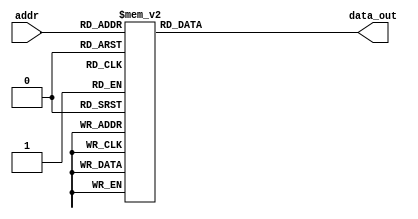
module char_rom(
  input        [6:0] addr,
  output reg [127:0] data_out
);


always @(*) begin
  case (addr)
  default: data_out = 128'hffffffffffffffffffffffffffffffff;
    8'h00: data_out = 128'hffffffffffffffffffffffffffffffff;
	 8'h01: data_out = 128'hffffffffffffffffffffffffffffffff;
	 8'h02: data_out = 128'hffffffffffffffffffffffffffffffff;
	 8'h03: data_out = 128'hffffffffffffffffffffffffffffffff;
	 8'h04: data_out = 128'hffffffffffffffffffffffffffffffff;
	 8'h05: data_out = 128'hffffffffffffffffffffffffffffffff;
	 8'h06: data_out = 128'hffffffffffffffffffffffffffffffff;
	 8'h07: data_out = 128'hffffffffffffffffffffffffffffffff;
	 8'h08: data_out = 128'hffffffffffffffffffffffffffffffff;
	 8'h09: data_out = 128'hffffffffffffffffffffffffffffffff;
	 8'h0A: data_out = 128'hffffffffffffffffffffffffffffffff;
	 8'h0B: data_out = 128'hffffffffffffffffffffffffffffffff;
	 8'h0C: data_out = 128'hffffffffffffffffffffffffffffffff;
	 8'h0D: data_out = 128'hffffffffffffffffffffffffffffffff;
	 8'h0E: data_out = 128'hffffffffffffffffffffffffffffffff;
	 8'h0F: data_out = 128'hffffffffffffffffffffffffffffffff;
	 8'h10: data_out = 128'hffffffffffffffffffffffffffffffff;
	 8'h11: data_out = 128'hffffffffffffffffffffffffffffffff;
	 8'h12: data_out = 128'hffffffffffffffffffffffffffffffff;
	 8'h13: data_out = 128'hffffffffffffffffffffffffffffffff;
	 8'h14: data_out = 128'hffffffffffffffffffffffffffffffff;
	 8'h15: data_out = 128'hffffffffffffffffffffffffffffffff;
	 8'h16: data_out = 128'hffffffffffffffffffffffffffffffff;
	 8'h17: data_out = 128'hffffffffffffffffffffffffffffffff;
	 8'h18: data_out = 128'hffffffffffffffffffffffffffffffff;
	 8'h19: data_out = 128'hffffffffffffffffffffffffffffffff;
	 8'h1A: data_out = 128'hffffffffffffffffffffffffffffffff;
	 8'h1B: data_out = 128'hffffffffffffffffffffffffffffffff;
	 8'h1C: data_out = 128'hffffffffffffffffffffffffffffffff;
	 8'h1D: data_out = 128'hffffffffffffffffffffffffffffffff;
	 8'h1E: data_out = 128'hffffffffffffffffffffffffffffffff;
	 8'h1F: data_out = 128'hffffffffffffffffffffffffffffffff;
    /* U+20 " " */
    8'h20: data_out = 128'h00000000000000000000000000000000;
	 /* U+21 "!" */
	 8'h21: data_out = 128'h00001010101010101000101000000000;
    /* U+22 "\"" */
    8'h22: data_out = 128'h00242424000000000000000000000000;
    /* U+23 "#" */
    8'h23: data_out = 128'h00002424247e24247e24242400000000;
    /* U+24 "$" */
    8'h24: data_out = 128'h0010107c9290907c1212927c10100000;
    /* U+25 "%" */
    8'h25: data_out = 128'h0000649468081010202c524c00000000;
    /* U+26 "&" */
    8'h26: data_out = 128'h000018242418304a4444443a00000000;
    /* U+27 "'" */
    8'h27: data_out = 128'h00101010000000000000000000000000;
    /* U+28 "(" */
    8'h28: data_out = 128'h00000810202020202020100800000000;
    /* U+29 ")" */
    8'h29: data_out = 128'h00002010080808080808102000000000;
    /* U+2A "*" */
    8'h2A: data_out = 128'h000000000024187e1824000000000000;
    /* U+2B "+" */
    8'h2B: data_out = 128'h000000000010107c1010000000000000;
    /* U+2C "," */
    8'h2C: data_out = 128'h00000000000000000000101020000000;
    /* U+2D "-" */
    8'h2D: data_out = 128'h000000000000007e0000000000000000;
    /* U+2E "." */
    8'h2E: data_out = 128'h00000000000000000000101000000000;
    /* U+2F "/" */
    8'h2F: data_out = 128'h00000404080810102020404000000000;
    /* U+30 "0" */
    8'h30: data_out = 128'h00003c4242464a526242423c00000000;
    /* U+31 "1" */
    8'h31: data_out = 128'h00000818280808080808083e00000000;
    /* U+32 "2" */
    8'h32: data_out = 128'h00003c42420204081020407e00000000;
    /* U+33 "3" */
    8'h33: data_out = 128'h00003c4242021c020242423c00000000;
    /* U+34 "4" */
    8'h34: data_out = 128'h000002060a1222427e02020200000000;
    /* U+35 "5" */
    8'h35: data_out = 128'h00007e4040407c020202423c00000000;
    /* U+36 "6" */
    8'h36: data_out = 128'h00001c2040407c424242423c00000000;
    /* U+37 "7" */
    8'h37: data_out = 128'h00007e02020404080810101000000000;
    /* U+38 "8" */
    8'h38: data_out = 128'h00003c4242423c424242423c00000000;
    /* U+39 "9" */
    8'h39: data_out = 128'h00003c424242423e0202043800000000;
    /* U+3A ":" */
    8'h3A: data_out = 128'h00000000001010000000101000000000;
    /* U+3B ";" */
    8'h3B: data_out = 128'h00000000001010000000101020000000;
    /* U+3C "<" */
    8'h3C: data_out = 128'h00000004081020402010080400000000;
    /* U+3D "=" */
    8'h3D: data_out = 128'h00000000007e00007e00000000000000;
    /* U+3E ">" */
    8'h3E: data_out = 128'h00000040201008040810204000000000;
    /* U+3F "?" */
    8'h3F: data_out = 128'h00003c42424204080800080800000000;
    /* U+40 "@" */
    8'h40: data_out = 128'h00007c829ea2a2a2a69a807e00000000;
    /* U+41 "A" */
    8'h41: data_out = 128'h00003c424242427e4242424200000000;
    /* U+42 "B" */
    8'h42: data_out = 128'h00007c4242427c424242427c00000000;
    /* U+43 "C" */
    8'h43: data_out = 128'h00003c42424040404042423c00000000;
    /* U+44 "D" */
    8'h44: data_out = 128'h00007844424242424242447800000000;
    /* U+45 "E" */
    8'h45: data_out = 128'h00007e40404078404040407e00000000;
    /* U+46 "F" */
    8'h46: data_out = 128'h00007e40404078404040404000000000;
    /* U+47 "G" */
    8'h47: data_out = 128'h00003c424240404e4242423c00000000;
    /* U+48 "H" */
    8'h48: data_out = 128'h0000424242427e424242424200000000;
    /* U+49 "I" */
    8'h49: data_out = 128'h00003810101010101010103800000000;
    /* U+4A "J" */
    8'h4A: data_out = 128'h00000e04040404040444443800000000;
    /* U+4B "K" */
    8'h4B: data_out = 128'h00004244485060605048444200000000;
    /* U+4C "L" */
    8'h4C: data_out = 128'h00004040404040404040407e00000000;
    /* U+4D "M" */
    8'h4D: data_out = 128'h000082c6aa9292828282828200000000;
    /* U+4E "N" */
    8'h4E: data_out = 128'h000042424262524a4642424200000000;
    /* U+4F "O" */
    8'h4F: data_out = 128'h00003c42424242424242423c00000000;
    /* U+50 "P" */
    8'h50: data_out = 128'h00007c424242427c4040404000000000;
    /* U+51 "Q" */
    8'h51: data_out = 128'h00003c424242424242424a3c02000000;
    /* U+52 "R" */
    8'h52: data_out = 128'h00007c424242427c5048444200000000;
    /* U+53 "S" */
    8'h53: data_out = 128'h00003c4240403c020242423c00000000;
    /* U+54 "T" */
    8'h54: data_out = 128'h0000fe10101010101010101000000000;
    /* U+55 "U" */
    8'h55: data_out = 128'h00004242424242424242423c00000000;
    /* U+56 "V" */
    8'h56: data_out = 128'h00004242424242242424181800000000;
    /* U+57 "W" */
    8'h57: data_out = 128'h000082828282829292aac68200000000;
    /* U+58 "X" */
    8'h58: data_out = 128'h00004242242418182424424200000000;
    /* U+59 "Y" */
    8'h59: data_out = 128'h00008282444428101010101000000000;
    /* U+5A "Z" */
    8'h5A: data_out = 128'h00007e02020408102040407e00000000;
    /* U+5B "[" */
    8'h5B: data_out = 128'h00003820202020202020203800000000;
    /* U+5C "\\" */
    8'h5C: data_out = 128'h00004040202010100808040400000000;
    /* U+5D "]" */
    8'h5D: data_out = 128'h00003808080808080808083800000000;
    /* U+5E "^" */
    8'h5E: data_out = 128'h00102844000000000000000000000000;
    /* U+5F "_" */
    8'h5F: data_out = 128'h000000000000000000000000007e0000;
    /* U+60 "`" */
    8'h60: data_out = 128'h10080000000000000000000000000000;
    /* U+61 "a" */
    8'h61: data_out = 128'h00000000003c023e4242423e00000000;
    /* U+62 "b" */
    8'h62: data_out = 128'h00004040407c42424242427c00000000;
    /* U+63 "c" */
    8'h63: data_out = 128'h00000000003c42404040423c00000000;
    /* U+64 "d" */
    8'h64: data_out = 128'h00000202023e42424242423e00000000;
    /* U+65 "e" */
    8'h65: data_out = 128'h00000000003c42427e40403c00000000;
    /* U+66 "f" */
    8'h66: data_out = 128'h00000e10107c10101010101000000000;
    /* U+67 "g" */
    8'h67: data_out = 128'h00000000003e42424242423e02023c00;
    /* U+68 "h" */
    8'h68: data_out = 128'h00004040407c42424242424200000000;
    /* U+69 "i" */
    8'h69: data_out = 128'h00001010003010101010103800000000;
    /* U+6A "j" */
    8'h6A: data_out = 128'h00000404000c04040404040444443800;
    /* U+6B "k" */
    8'h6B: data_out = 128'h00004040404244487048444200000000;
    /* U+6C "l" */
    8'h6C: data_out = 128'h00003010101010101010103800000000;
    /* U+6D "m" */
    8'h6D: data_out = 128'h0000000000fc92929292929200000000;
    /* U+6E "n" */
    8'h6E: data_out = 128'h00000000007c42424242424200000000;
    /* U+6F "o" */
    8'h6F: data_out = 128'h00000000003c42424242423c00000000;
    /* U+70 "p" */
    8'h70: data_out = 128'h00000000007c42424242427c40404000;
    /* U+71 "q" */
    8'h71: data_out = 128'h00000000003e42424242423e02020200;
    /* U+72 "r" */
    8'h72: data_out = 128'h00000000005e60404040404000000000;
    /* U+73 "s" */
    8'h73: data_out = 128'h00000000003e40403c02027c00000000;
    /* U+74 "t" */
    8'h74: data_out = 128'h00001010107c10101010100e00000000;
    /* U+75 "u" */
    8'h75: data_out = 128'h00000000004242424242423e00000000;
    /* U+76 "v" */
    8'h76: data_out = 128'h00000000004242422424181800000000;
    /* U+77 "w" */
    8'h77: data_out = 128'h00000000008282929292927c00000000;
    /* U+78 "x" */
    8'h78: data_out = 128'h00000000004242241824424200000000;
    /* U+79 "y" */
    8'h79: data_out = 128'h00000000004242424242423e02023c00;
    /* U+7A "z" */
    8'h7A: data_out = 128'h00000000007e04081020407e00000000;
    /* U+7B "{" */
    8'h7B: data_out = 128'h00000c10101020101010100c00000000;
    /* U+7C "|" */
    8'h7C: data_out = 128'h00001010101010101010101000000000;
    /* U+7D "}" */
    8'h7D: data_out = 128'h00003008080804080808083000000000;
    /* U+7E "~" */
    8'h7E: data_out = 128'h0062928c000000000000000000000000;
	 8'h7F: data_out = 128'hffffffffffffffffffffffffffffffff;
  endcase
end

endmodule